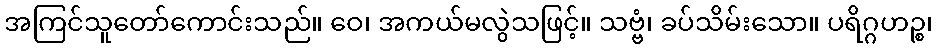
အကြင်သူတော်ကောင်းသည်။ ဝေ၊ အကယ်မလွဲသဖြင့်။ သဗ္ဗံ၊ ခပ်သိမ်းသော။ ပရိဂ္ဂဟဉ္စ၊